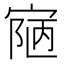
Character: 𡩊